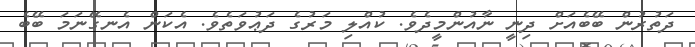
ދަތުރުން ބޭބެއަށް ދިނީ ނާއުންމީދެވެ. ކުއްލި މަރުގެ ދަޢުވަތެވެ. އެކަން އެނގޭނަމަ ބޭބެ